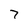
Character: 7